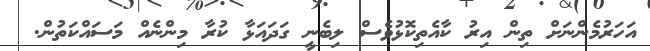
އަހަރުމެންނަށް ތިން އިރު ކާއެތިކޮޅުވެސް ލިބެނީ ގަދައަޅާ ކުރާ މިންނެއް މަސައްކަތުން.